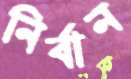
নির্বান